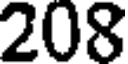
208